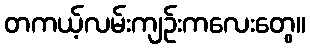
တကယ့်လမ်းကျဉ်းကလေးတွေ။